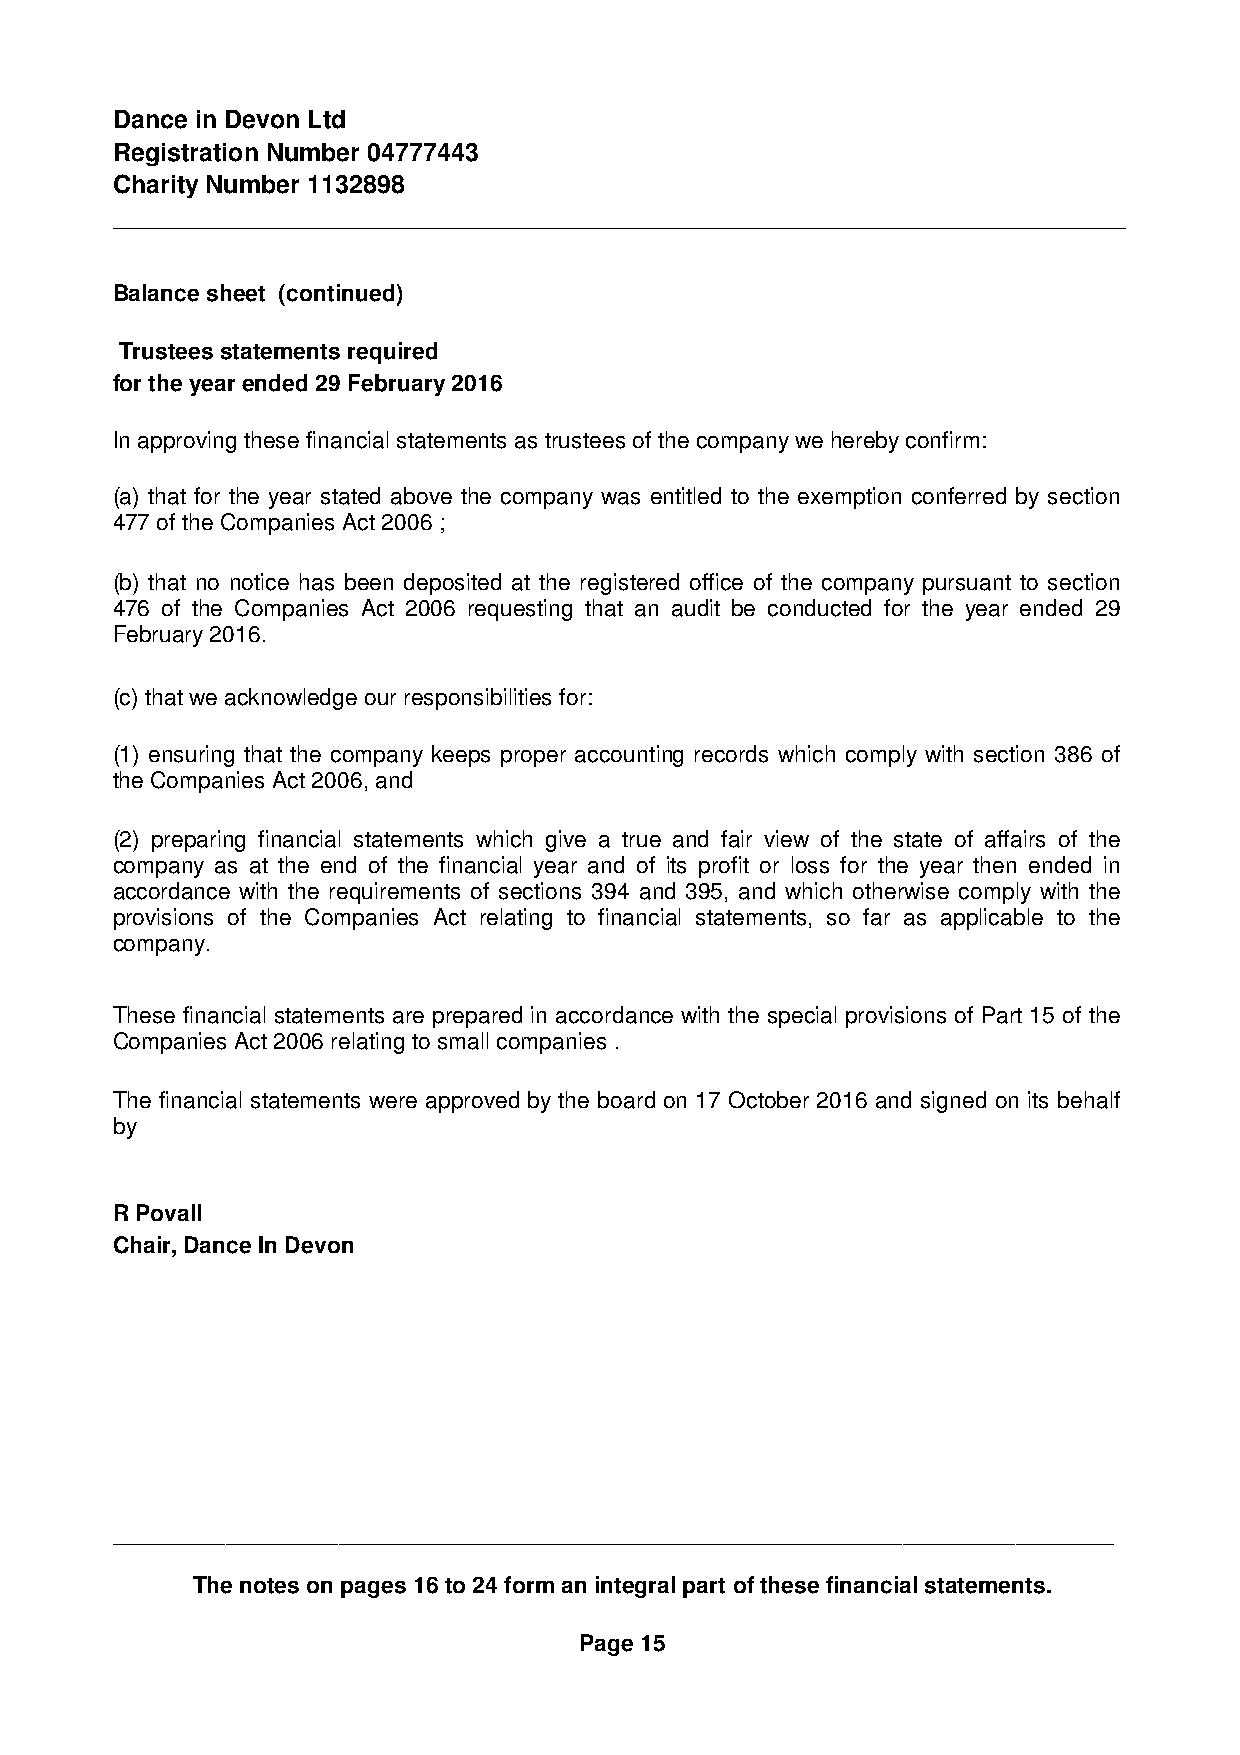
Dance in Devon Ltd
 Registration Number 04777443
 Charity Number 1132898
 Balance sheet (continued)
 Trustees statements required
 for the year ended 29 February 2016
 In approving these financial statements as trustees of the company we hereby confirm:
 (a) that for the year stated above the company was entitled to the exemption conferred by section
 477 of the Companies Act 2006 ;
 (b) that no notice has been deposited at the registered office of the company pursuant to section
 476 of the Companies Act 2006 requesting that an audit be conducted for the year ended 29
 February 2016.
 (c) that we acknowledge our responsibilities for:
 (1) ensuring that the company keeps proper accounting records which comply with section 386 of
 the Companies Act 2006, and
 (2) preparing financial statements which give a true and fair view of the state of affairs of the
 company as at the end of the financial year and of its profit or loss for the year then ended in
 accordance with the requirements of sections 394 and 395, and which otherwise comply with the
 provisions of the Companies Act relating to financial statements, so far as applicable to the
 company.
 These financial statements are prepared in accordance with the special provisions of Part 15 of the
 Companies Act 2006 relating to small companies .
 The financial statements were approved by the board on 17 October 2016 and signed on its behalf
 by
 R Povall
 Chair, Dance In Devon
 The notes on pages 16 to 24 form an integral part of these financial statements.
 Page 15